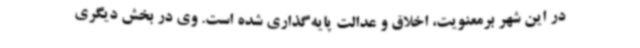
در این شهر برمعنویت، اخلاق و عدالت پایه‌گذاری شده است. وی در بخش دیگری